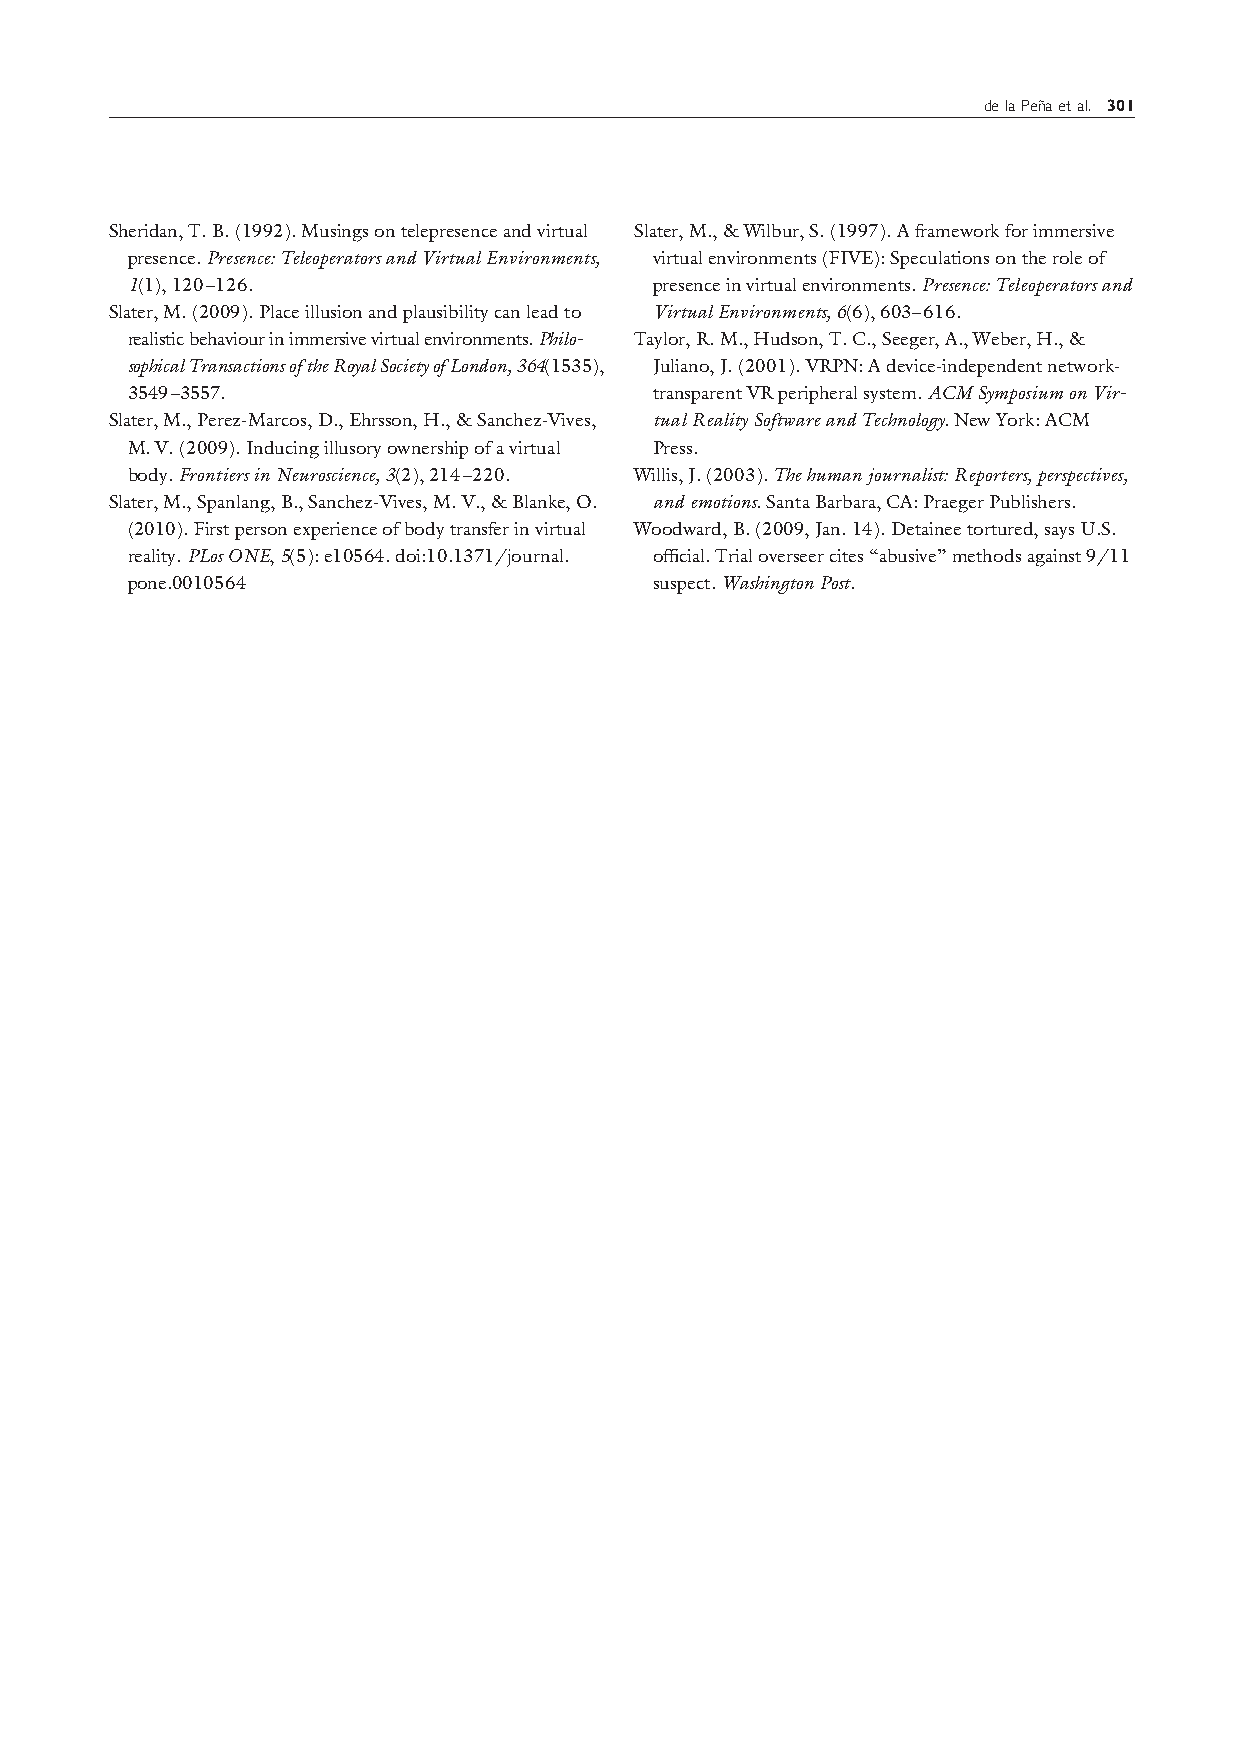
delaPen˜aetal. 301
 Sheridan,T.B.(1992).Musingsontelepresenceandvirtual Slater,M.,&Wilbur,S.(1997).Aframeworkforimmersive
 presence.Presence:TeleoperatorsandVirtualEnvironments, virtualenvironments(FIVE):Speculationsontheroleof
 1(1),120–126.                      presenceinvirtualenvironments.Presence:Teleoperatorsand
 Slater,M.(2009).Placeillusionandplausibilitycanleadto VirtualEnvironments,6(6),603–616.
 realisticbehaviourinimmersivevirtualenvironments.Philo- Taylor,R.M.,Hudson,T.C.,Seeger,A.,Weber,H.,&
 sophicalTransactionsoftheRoyalSocietyofLondon,364(1535), Juliano,J.(2001).VRPN:Adevice-independentnetwork-
 3549–3557.                         transparentVRperipheralsystem.ACMSymposiumonVir-
 Slater,M.,Perez-Marcos,D.,Ehrsson,H.,&Sanchez-Vives, tualRealitySoftwareandTechnology.NewYork:ACM
 M.V.(2009).Inducingillusoryownershipofavirtual Press.
 body.FrontiersinNeuroscience,3(2),214–220. Willis,J.(2003).Thehumanjournalist:Reporters,perspectives,
 Slater,M.,Spanlang,B.,Sanchez-Vives,M.V.,&Blanke,O. andemotions.SantaBarbara,CA:PraegerPublishers.
 (2010).Firstpersonexperienceofbodytransferinvirtual Woodward,B.(2009,Jan.14).Detaineetortured,saysU.S.
 reality.PLosONE,5(5):e10564.doi:10.1371/journal. official.Trialoverseercites“abusive”methodsagainst9/11
 pone.0010564                       suspect.WashingtonPost.